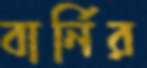
বার্নির